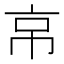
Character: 𢂋